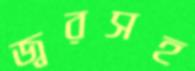
জ্বরসহ